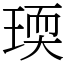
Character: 瑌